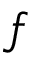
f